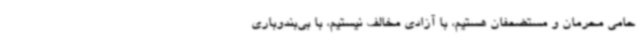
حامی محرمان و مستضعفان هستیم، با آزادی مخالف نیستیم، با بی‌بندوباری